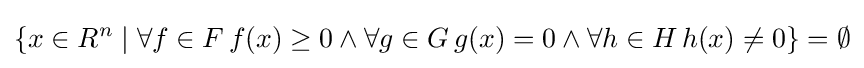
\{x\in R^{n}\mid \forall f\in F\,f(x)\geq 0\land \forall g\in G\,g(x)=0\land \forall h\in H\,h(x)\neq 0\}=\emptyset